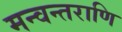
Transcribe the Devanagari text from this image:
मन्वन्तराणि